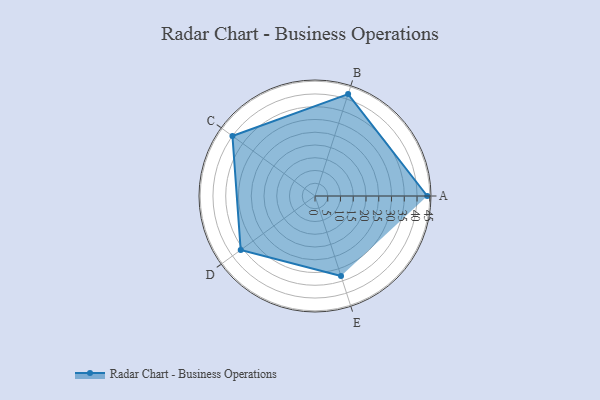
{"axis": {"x": "Skill", "y": "Score"}, "legend": ["Profile"], "data": [{"x": "A", "y": 44.0, "type": "Profile"}, {"x": "B", "y": 42.0, "type": "Profile"}, {"x": "C", "y": 40.0, "type": "Profile"}, {"x": "D", "y": 36.0, "type": "Profile"}, {"x": "E", "y": 33.0, "type": "Profile"}]}